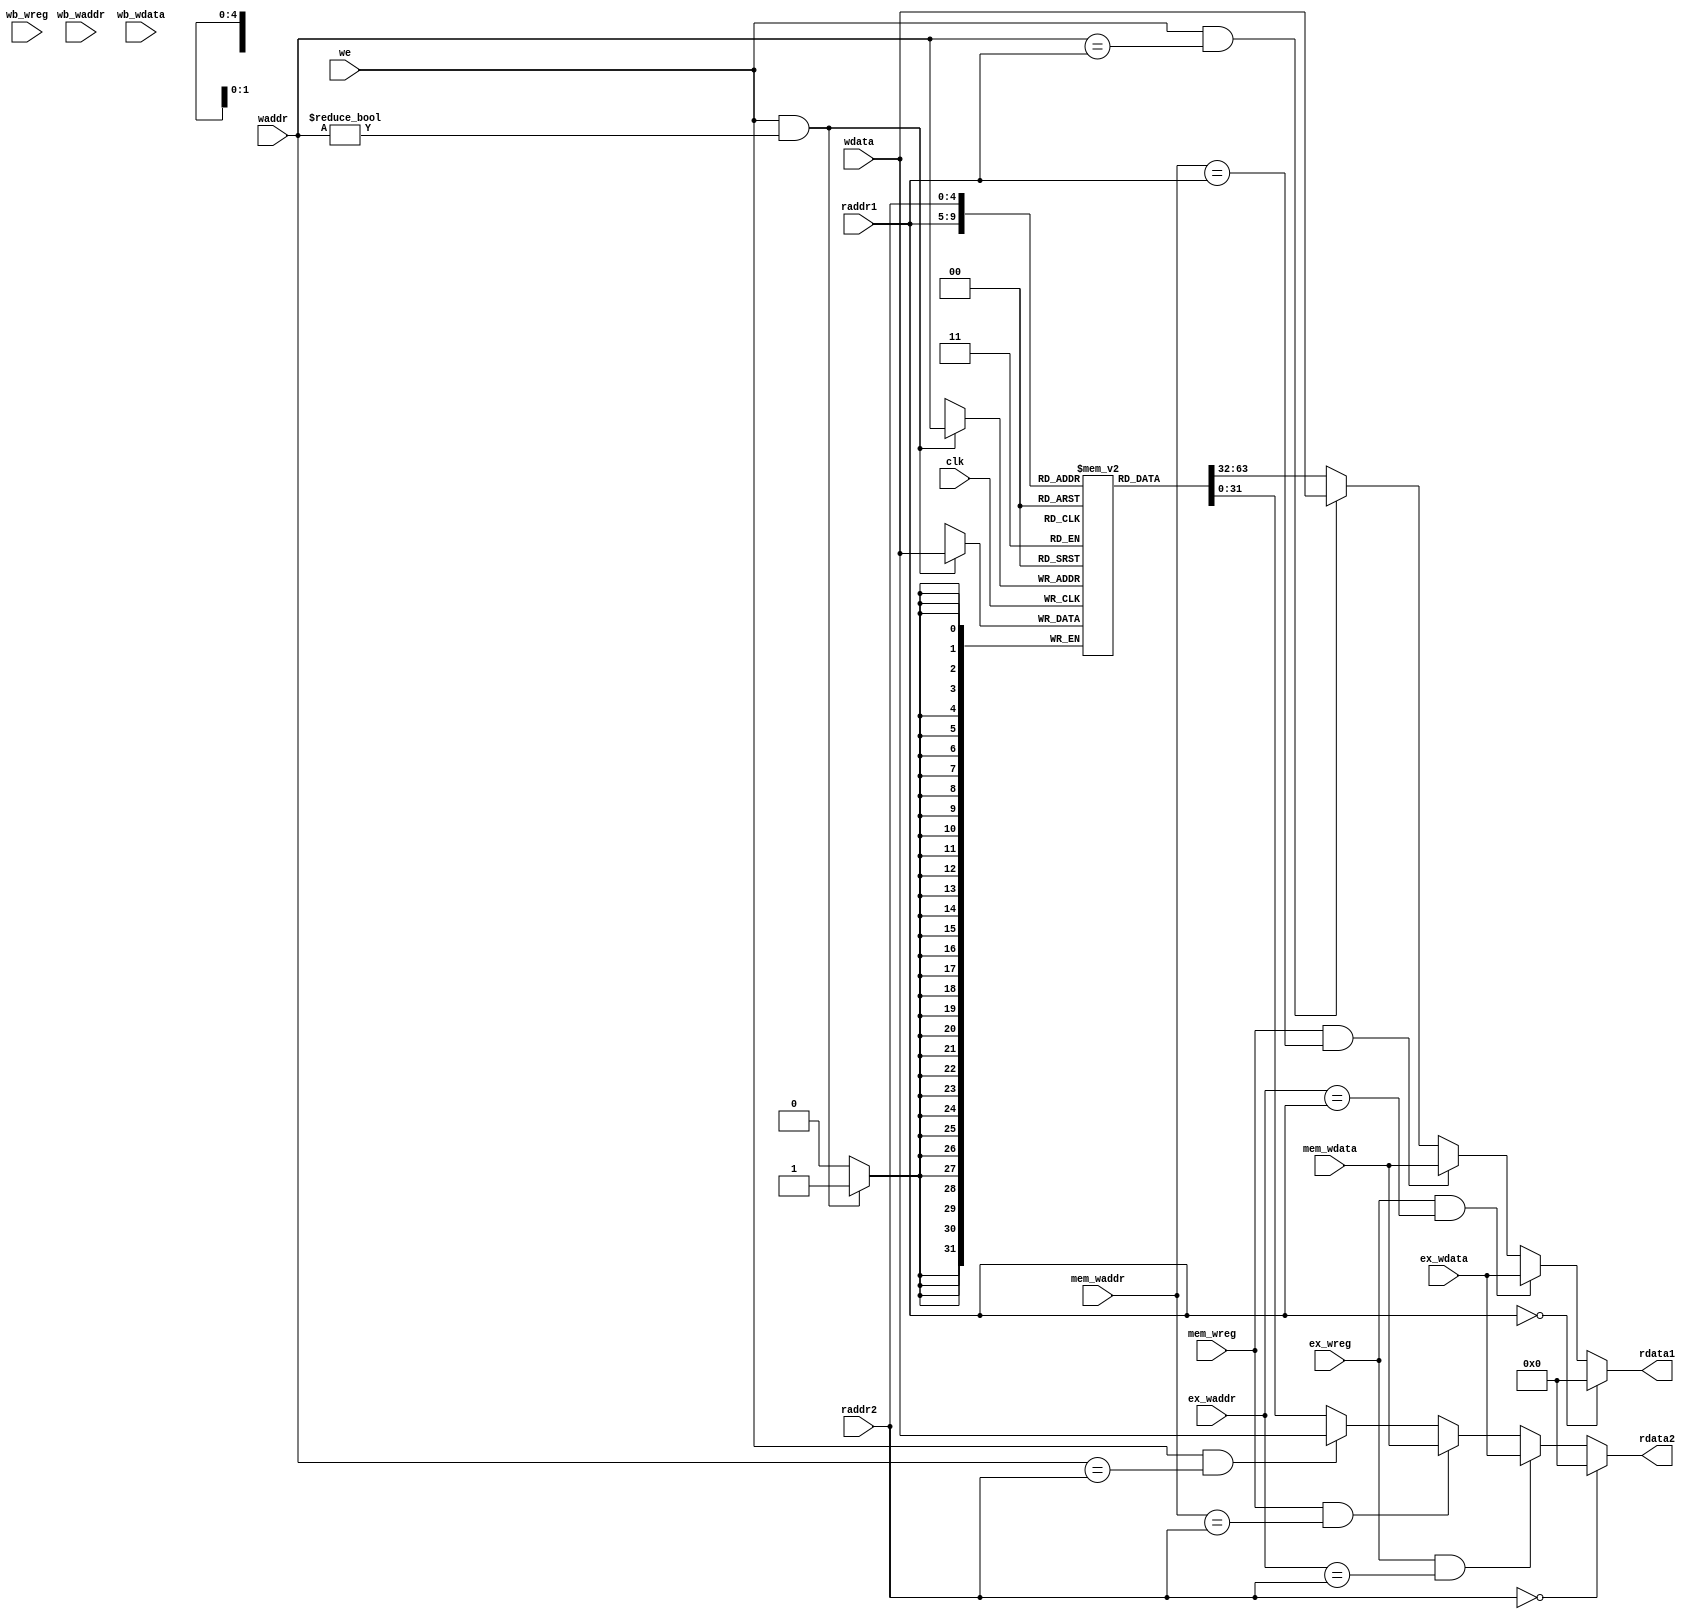
module regfile(
    input wire clk,
    input wire [4:0] raddr1,
    output wire [31:0] rdata1,
    input wire [4:0] raddr2,
    output wire [31:0] rdata2,
    
    input wire we,
    input wire [4:0] waddr,
    input wire [31:0] wdata,
    
    input wire ex_wreg,
    input wire [4:0] ex_waddr,
    input wire [31:0] ex_wdata,
    
    input wire mem_wreg,
    input wire [4:0] mem_waddr,
    input wire [31:0] mem_wdata,
    
    input wire wb_wreg,
    input wire [4:0] wb_waddr,
    input wire [31:0] wb_wdata
);
    reg [31:0] reg_array [31:0];
    // write
    always @ (posedge clk) begin
        if (we && waddr!=5'b0) begin
            reg_array[waddr] <= wdata;
        end
    end

    // read out 1
    assign rdata1 = (raddr1 == 5'b0) ? 32'b0 : 
                    (ex_wreg == 1'b1 && ex_waddr==raddr1) ? ex_wdata :
                    (mem_wreg == 1'b1 && mem_waddr==raddr1) ? mem_wdata : 
                    (we == 1'b1 && waddr==raddr1) ? wdata : reg_array[raddr1];

     //read out2
    assign rdata2 = (raddr2 == 5'b0) ? 32'b0 :
                    (ex_wreg == 1'b1 && ex_waddr==raddr2) ? ex_wdata :
                    (mem_wreg == 1'b1 && mem_waddr==raddr2) ? mem_wdata :
                    (we == 1'b1 && waddr==raddr2) ? wdata: reg_array[raddr2];
                    
endmodule